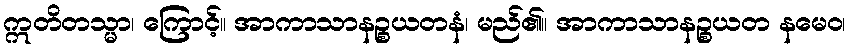
ဣတိတသ္မာ၊ ကြောင့်။ အာကာသာနဉ္စယတနံ၊ မည်၏။ အာကာသာနဉ္စယတ နမေဝ၊